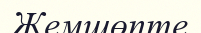
Жемшөпте